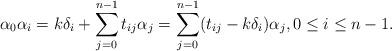
LaTeX: \begin{align*}\alpha_0\alpha_i=k\delta_i+\sum_{j=0}^{n-1}t_{ij}\alpha_j=\sum_{j=0}^{n-1}(t_{ij}-k\delta_i)\alpha_j,0\le i\le n-1.\end{align*}